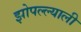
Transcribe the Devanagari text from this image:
झोपल्ल्याली